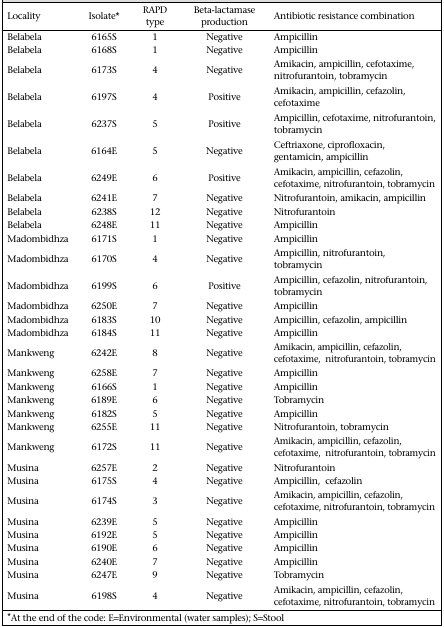
<table><thead><tr><td><b>Locality</b></td><td><b>Isolate*</b></td><td><b>RAPD type</b></td><td><b>Beta-lactamase production</b></td><td><b>Antibiotic resistance combination</b></td></tr></thead><tbody><tr><td>Belabela</td><td>6165S</td><td>1</td><td>Negative</td><td>Ampicillin</td></tr><tr><td>Belabela</td><td>6168S</td><td>1</td><td>Negative</td><td>Ampicillin</td></tr><tr><td>Belabela</td><td>6173S</td><td>4</td><td>Negative</td><td>Amikacin, ampicillin, cefotaxime, nitrofurantoin, tobramycin</td></tr><tr><td>Belabela</td><td>6197S</td><td>4</td><td>Positive</td><td>Amikacin, ampicillin, cefazolin, cefotaxime</td></tr><tr><td>Belabela</td><td>6237S</td><td>5</td><td>Positive</td><td>Ampicillin, cefotaxime, nitrofurantoin, tobramycin</td></tr><tr><td>Belabela</td><td>6164E</td><td>5</td><td>Negative</td><td>Ceftriaxone, ciprofloxacin, gentamicin, ampicillin</td></tr><tr><td>Belabela</td><td>6249E</td><td>6</td><td>Positive</td><td>Amikacin, ampicillin, cefazolin, cefotaxime, nitrofurantoin, tobramycin</td></tr><tr><td>Belabela</td><td>6241E</td><td>7</td><td>Negative</td><td>Nitrofurantoin, amikacin, ampicillin</td></tr><tr><td>Belabela</td><td>6238S</td><td>12</td><td>Negative</td><td>Nitrofurantoin</td></tr><tr><td>Belabela</td><td>6248E</td><td>11</td><td>Negative</td><td>Ampicillin</td></tr><tr><td>Madombidhza</td><td>6171S</td><td>1</td><td>Negative</td><td>Ampicillin</td></tr><tr><td>Madombidhza</td><td>6170S</td><td>4</td><td>Negative</td><td>Ampicillin, nitrofurantoin, tobramycin</td></tr><tr><td>Madombidhza</td><td>6199S</td><td>6</td><td>Positive</td><td>Ampicillin, cefazolin, nitrofurantoin, tobramycin</td></tr><tr><td>Madombidhza</td><td>6250E</td><td>7</td><td>Negative</td><td>Ampicillin</td></tr><tr><td>Madombidhza</td><td>6183S</td><td>10</td><td>Negative</td><td>Ampicillin, cefazolin, ampicillin</td></tr><tr><td>Madombidhza</td><td>6184S</td><td>11</td><td>Negative</td><td>Ampicillin</td></tr><tr><td>Mankweng</td><td>6242E</td><td>8</td><td>Negative</td><td>Amikacin, ampicillin, cefazolin, cefotaxime, nitrofurantoin, tobramycin</td></tr><tr><td>Mankweng</td><td>6258E</td><td>7</td><td>Negative</td><td>Ampicillin</td></tr><tr><td>Mankweng</td><td>6166S</td><td>1</td><td>Negative</td><td>Ampicillin</td></tr><tr><td>Mankweng</td><td>6189E</td><td>6</td><td>Negative</td><td>Tobramycin</td></tr><tr><td>Mankweng</td><td>6182S</td><td>5</td><td>Negative</td><td>Ampicillin</td></tr><tr><td>Mankweng</td><td>6255E</td><td>11</td><td>Negative</td><td>Nitrofurantoin, tobramycin</td></tr><tr><td>Mankweng</td><td>6172S</td><td>11</td><td>Negative</td><td>Amikacin, ampicillin, cefazolin, cefotaxime, nitrofurantoin, tobramycin</td></tr><tr><td>Musina</td><td>6257E</td><td>2</td><td>Negative</td><td>Nitrofurantoin</td></tr><tr><td>Musina</td><td>6175S</td><td>4</td><td>Negative</td><td>Ampicillin, cefazolin</td></tr><tr><td>Musina</td><td>6174S</td><td>3</td><td>Negative</td><td>Amikacin, ampicillin, cefazolin, cefotaxime, nitrofurantoin, tobramycin</td></tr><tr><td>Musina</td><td>6239E</td><td>5</td><td>Negative</td><td>Ampicillin</td></tr><tr><td>Musina</td><td>6192E</td><td>5</td><td>Negative</td><td>Ampicillin</td></tr><tr><td>Musina</td><td>6190E</td><td>6</td><td>Negative</td><td>Ampicillin</td></tr><tr><td>Musina</td><td>6240E</td><td>7</td><td>Negative</td><td>Ampicillin</td></tr><tr><td>Musina</td><td>6247E</td><td>9</td><td>Negative</td><td>Tobramycin</td></tr><tr><td>Musina</td><td>6198S</td><td>4</td><td>Negative</td><td>Amikacin, ampicillin, cefazolin, cefotaxime, nitrofurantoin, tobramycin</td></tr></tbody></table>